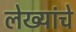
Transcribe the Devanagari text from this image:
लेख्यांचे